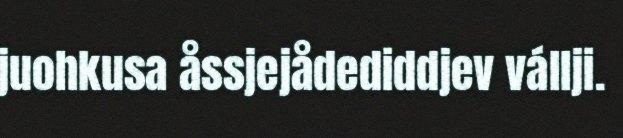
juohkusa åssjejådediddjev vállji.